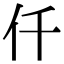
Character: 仟